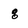
Character: g